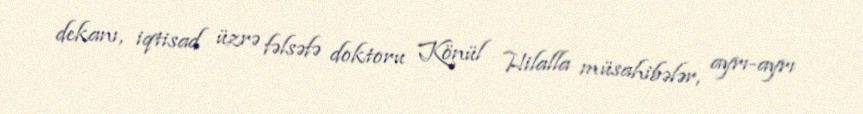
dekanı, iqtisad üzrə fəlsəfə doktoru Könül Hilalla müsahibələr, ayrı-ayrı